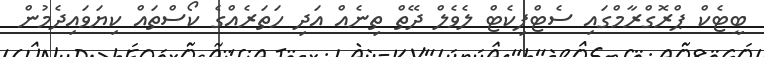
ބީޓެކް ޕްރޮގްރާމްގައި ސެޓްފިކެޓް ލެވެލް ދޭތް ތިނެއް އަދި ހަތަރެއްގެ ކޯސްތައް ކިޔަވައިދެމުން